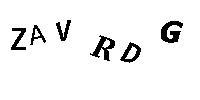
ZAVRDG